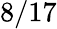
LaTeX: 8/17